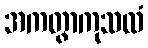
အကတွာကုသလံ